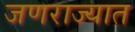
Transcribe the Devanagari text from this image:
जणराज्यात